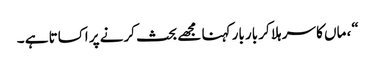
“، ماں کا سر ہلا کر بار بار کہنا مجھے بحث کرنے پر اکساتا ہے ۔